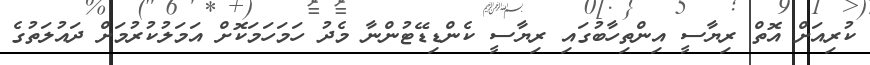
ކުރިއަށް އޮތް ރިޔާސީ އިންތިހާބުގައި ރިޔާސީ ކެންޑިޑޭޓުންނާ މެދު ހަމަހަމަކޮށް އަމަލުކުރުމަށް ދައުލަތުގެ